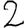
Digit: 2